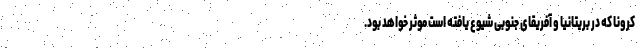
کرونا که در بریتانیا و آفریقای جنوبی شیوع یافته است موثر خواهد بود.